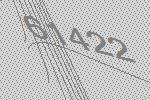
61422